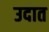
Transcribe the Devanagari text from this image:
उदात